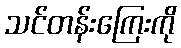
သင်တန်းကြေးကို